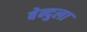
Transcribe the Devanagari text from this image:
बेन्दुला